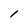
Character: l